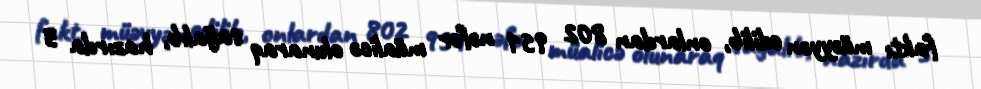
faktı müəyyən edilib, onlardan 802 951 nəfər müalicə olunaraq sağalıb, hazırda 3